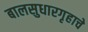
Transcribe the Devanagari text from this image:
बालसुधारगृहाचे